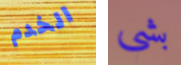
الخدم بشي